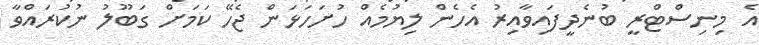
އެ މިނިސްޓްރީ ބުނެދީފައިވާއިރު އެހެން ލިޔުމެއް ހުށަހަޅަން ޖެހޭ ކަމަށް ގަބޫލު ނުކުރައްވާ